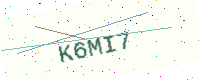
Text: K6MI7